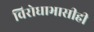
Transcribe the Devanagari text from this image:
विरोधाभासीही